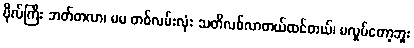
ဗိုလ်ကြီး ဘတ်တလာ၊ မမ တစ်လမ်းလုံး သတိလစ်လာတယ်ထင်တယ်၊ မလှုပ်တော့ဘူး